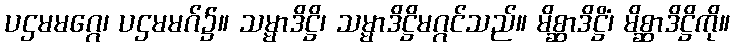
ပဌမမဂ္ဂေ၊ ပဌမမဂ်၌။ သမ္မာဒိဋ္ဌိ၊ သမ္မာဒိဋ္ဌိမဂ္ဂင်သည်။ မိစ္ဆာဒိဋ္ဌိံ၊ မိစ္ဆာဒိဋ္ဌိကို။